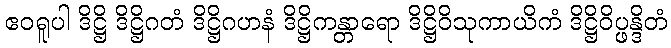
ဧဝရူပါ ဒိဋ္ဌိ ဒိဋ္ဌိဂတံ ဒိဋ္ဌိဂဟနံ ဒိဋ္ဌိကန္တာရော ဒိဋ္ဌိဝိသုကာယိကံ ဒိဋ္ဌိဝိပ္ဖန္ဒိတံ